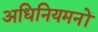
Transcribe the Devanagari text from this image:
अधिनियमनों